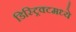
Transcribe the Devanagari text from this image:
डिस्ट्रिक्टमध्ये